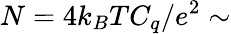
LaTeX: N=4k_{B}TC_{q}/e^{2}\sim